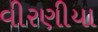
વીરણીયા